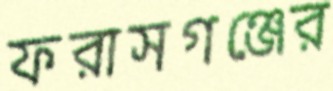
ফরাসগঞ্জের